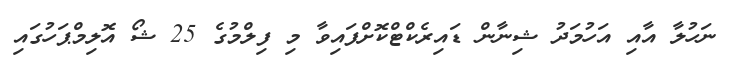
ނަހުލާ އާއި އަހުމަދު ޝިނާން ޑައިރެކްޓްކޮށްފައިވާ މި ފިލްމުގެ 25 ޝޯ އޮލިމްޕަހުގައި